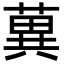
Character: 䔬